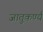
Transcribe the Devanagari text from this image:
जातुकर्ण्य